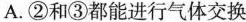
A.②和③都能进行气体交换